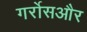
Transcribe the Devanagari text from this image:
गर्रोसऔर